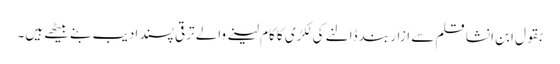
بقول ابن انشا قلم سے ازار بند ڈالنے کی لکڑی کا کام لینے والے ترقی پسند ادیب بنے بیٹھے ہیں۔